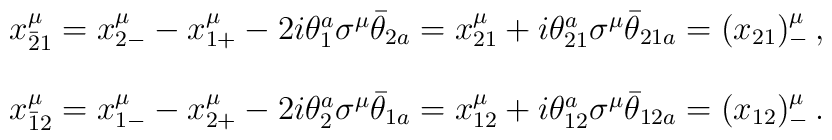
\begin{array}{c}x^{\mu}_{\bar{2}1}=x^{\mu}_{2-}-x^{\mu}_{1+}-2i\theta^{a}_{1}\sigma^{\mu}\bar{\theta}_{2a}=x_{21}^{\mu}+i\theta^{a}_{21}\sigma^{\mu}\bar{\theta}_{21a}=(x_{21})_{-}^{\mu}\,,\\{}\\x^{\mu}_{\bar{1}2}=x^{\mu}_{1-}-x^{\mu}_{2+}-2i\theta^{a}_{2}\sigma^{\mu}\bar{\theta}_{1a}=x_{12}^{\mu}+i\theta^{a}_{12}\sigma^{\mu}\bar{\theta}_{12a}=(x_{12})_{-}^{\mu}\,.\end{array}